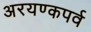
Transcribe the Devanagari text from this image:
अरयण्कपर्व